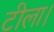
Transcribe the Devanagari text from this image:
टीला।